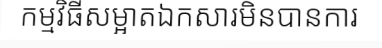
កម្មវិធីសម្អាតឯកសារមិនបានការ